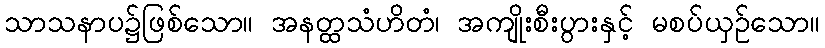
သာသနာပ၌ဖြစ်သော။ အနတ္ထသံဟိတံ၊ အကျိုးစီးပွားနှင့် မစပ်ယှဉ်သော။